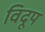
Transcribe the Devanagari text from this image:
विदूप